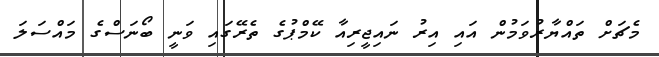
މެޗަށް ތައްޔާރުވަމުން އައި އިރު ނައިޖީރިއާ ކޭމްޕުގެ ތެރޭގައި ވަނީ ބޯނަސްގެ މައްސަލަ